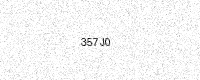
Text: 357J0